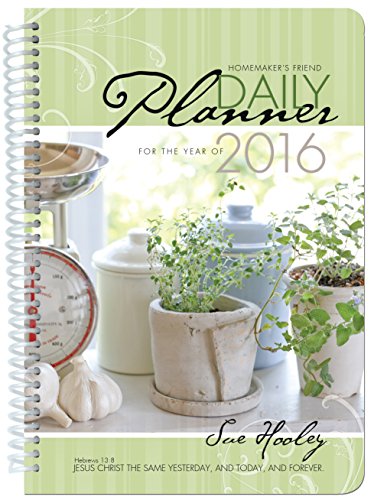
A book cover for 2016 Daily Planner; Sue Hooley; Self-Help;